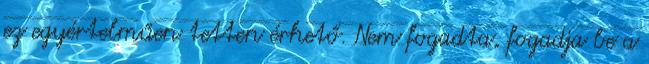
ez egyértelműen tetten érhető. Nem fogadta, fogadja be a